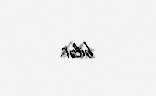
bilər.